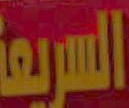
السريعة